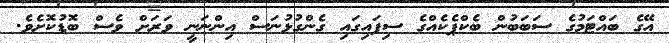
އޭގެ ބައްޓަމުގެ ސަބަބުން ބެކްޕެކެއްގެ ސިފައިގައި ގެންގުޅުނަސް އިންނަނީ ވަރަށް ވެސް ބޮޑުކޮށެވެ.